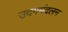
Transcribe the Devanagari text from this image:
उदगमंदलम